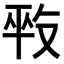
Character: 𠭕